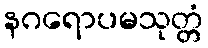
နဂရောပမသုတ္တံ